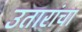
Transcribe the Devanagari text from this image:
उतारांचा